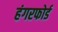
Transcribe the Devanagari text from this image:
हंगरफोर्ड